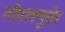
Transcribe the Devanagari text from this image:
लीवरक्युसेन